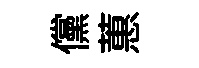
儻蕙